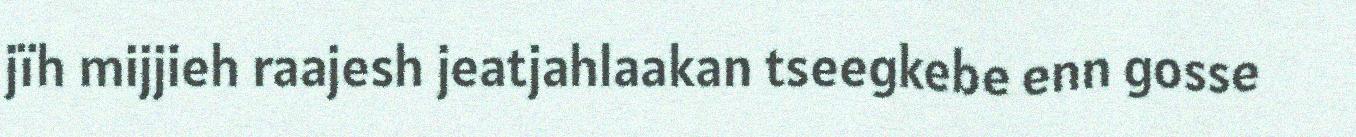
jïh mijjieh raajesh jeatjahlaakan tseegkebe enn gosse